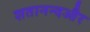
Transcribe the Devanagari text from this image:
शतानन्दऔर